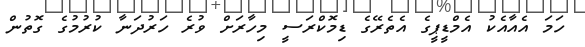
ހަމަ އެއާއެކު އެމްޑީޕީގެ އެތެރޭގެ ޑިމޮކްރަސީ މިހާރަށް ވުރެ ހަރުދަނާ ކުރުމުގެ ގޮތުން